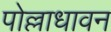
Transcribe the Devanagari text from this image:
पोल्लाधावन